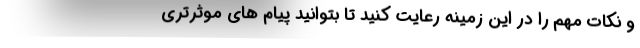
و نکات مهم را در این زمینه رعایت کنید تا بتوانید پیام های موثرتری